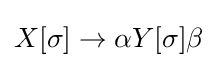
X[\sigma ]\to \alpha Y[\sigma ]\beta